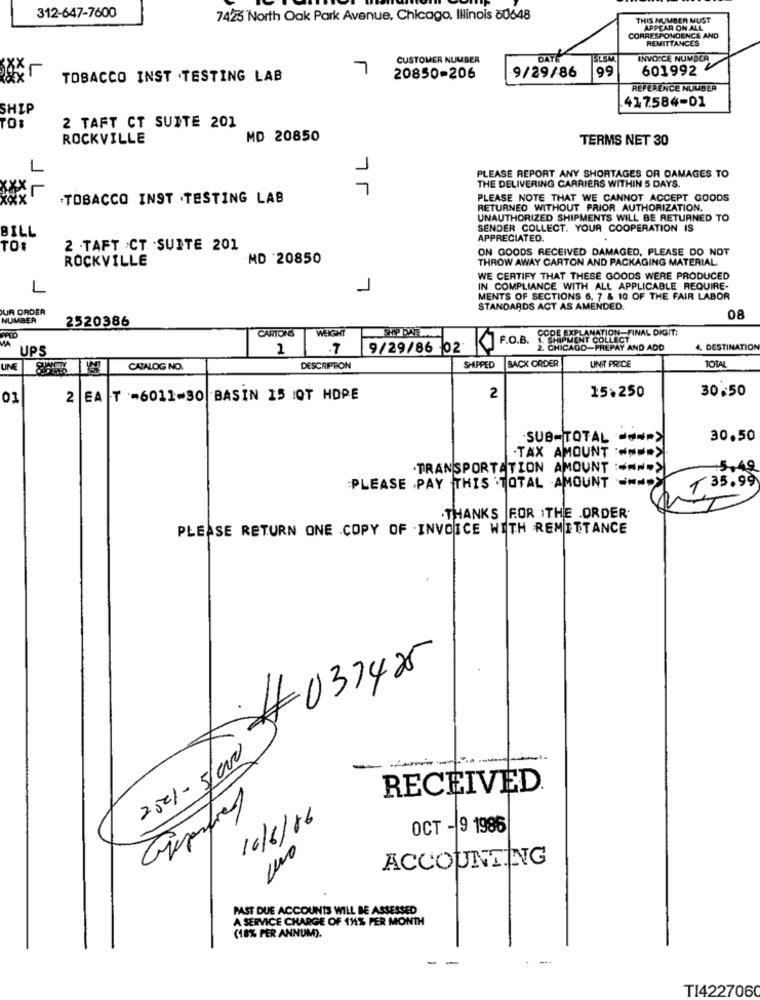
312-647-7600
7423 North Oak Park Avenue, Chicago, Illinois 80648
THIS NUMBER NUST
APPEAR ON ALL
CORRESPONDENCE AND
REMITTANCES
CUSTOMER NUMBER
DAY
BLSM
INVOICE NUMBER
7
9/29/86
99
601992
TOBACCO INST .TESTING LAB
20850-206
REFERENCE NUMBER
417584-01
SHIP
2 TAFT CT SUITE 201
ROCKVILLE
MD 20850
TERMS NET 30
1
PLEASE REPORT ANY SHORTAGES OR DAMAGES TO
L
7r
THE DELIVERING CARRIERS WITHIN 5 DAYS.
TOBACCO INST . TESTING LAB
PLEASE NOTE THAT WE CANNOT ACCEPT GOODS
RETURNED WITHOUT PRIOR AUTHORIZATION.
UNAUTHORIZED SHIPMENTS WILL BE RETURNED TO
BILL
SENDER COLLECT. YOUR COOPERATION IS
APPRECIATED.
TO:
2 .TAFT :CT -SUITE 201
ON GOODS RECEIVED DAMAGED, PLEASE DO NOT
ROCKVILLE
MD 20850
THROW AWAY CARTON AND PACKAGING MATERIAL
WE CERTIFY THAT THESE GOODS WERE PRODUCED
L
1
IN COMPLIANCE WITH ALL APPLICABLE REQUIRE-
MENTS OF SECTIONS 6. 7 & 10 OF THE FAIR LABOR
UR ORDER
STANDARDS ACT AS AMENDED.
NUMBER
2520386
08
CARTONS
MA
WEIGHT
F.O.B.
CODE EXPLANATION FINAL DIGIT:
SHIPMENT COLLECT
UPS
2
.7
9/29/86 02
KJ
CHICAGO-PREPAY AND ADD
4. DESTINATION
BACK ORDER
UNIT PRICE
TOTA
UNE
CATALOG NO.
DESCRIPTION
SHIPPED
15:250
30.50
01
2
EA T =6011-30 BASIN 15 IQT HOPE
2
SUB-TOTAL
30.50
.TAX AMOUNT === >
.TRANSPORTATION AMOUNT :==== >
:5,49
PLEASE PAY THIS TOTAL AMOUNT -- >
135.99
.THANKS FOR THE .ORDER.
PLEASE RETURN ONE COPY OF INVOICE WITH REMITTANCE
#037425
2501 - 5/000
RECEIVED.
16/6/86
OCT - 9 1985
ACCOUNTING
PAST DUE ACCOUNTS WILL BE ASSESSED
A SERVICE CHARGE OF 11% PER MONTH
(18% PER ANNUM).
-
-
TI4227060